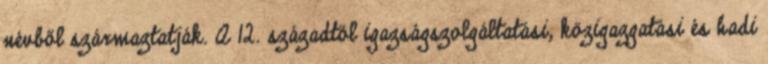
névből származtatják. A 12. századtól igazságszolgáltatási, közigazgatási és hadi